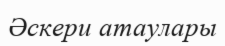
Әскери атаулары